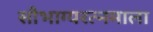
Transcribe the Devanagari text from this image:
सौभाग्यरत्नमाला